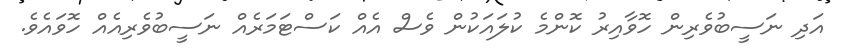
އަދި ނަސީބުވެރިން ހޮވާއިރު ކޮންމެ ކުލައަކުން ވެސް އެއް ކަސްޓަމަރެއް ނަސީބުވެރިއެއް ހޮވައެވެ.